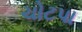
ચોટપા